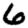
Digit: 6